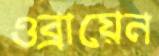
ওব্রায়েন